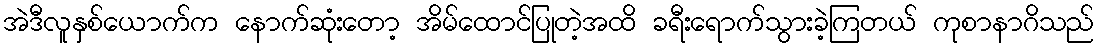
အဲဒီလူနှစ်ယောက်က နောက်ဆုံးတော့ အိမ်ထောင်ပြုတဲ့အထိ ခရီးရောက်သွားခဲ့ကြတယ် ကုစာနာဂိသည်